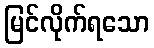
မြင်လိုက်ရသော